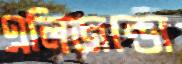
এলিজন্ডো